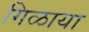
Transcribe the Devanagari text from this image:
गिळाया